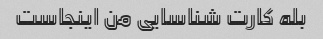
بله کارت شناسایی من اینجاست